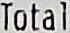
TOTAL